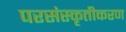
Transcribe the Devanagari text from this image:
परसंस्कृतीकरण